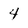
Character: 4